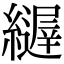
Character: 𦆣